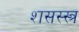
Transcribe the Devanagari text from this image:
शसस्स्त्र